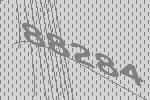
88284